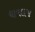
ચાવલજ